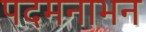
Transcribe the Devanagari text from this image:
पदमनाभन